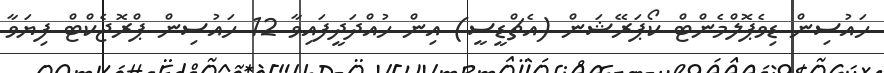
ހައުސިން ޑިވެޕޮލްމެންޓް ކޯޕަރޭޝަން (އެޗްޑީސީ) އިން ހުއްދަދީފައިވާ 12 ހައުސިން ޕްރޮޖެކްޓް ފިޔަވާ